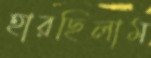
হারছিলাম